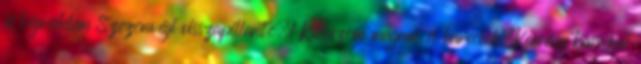
és légvédelem Szezonvégi visszapillantó.1 Kihúzom magam és harcolok.Kemény barcikai